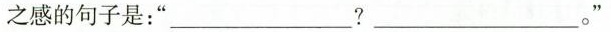
之感的句子是：”___?___。”